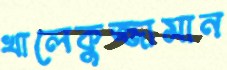
খালেকুজ্জামান